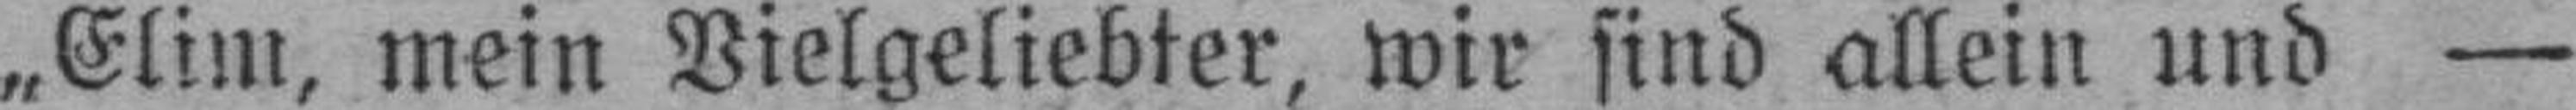
„Elim, mein Vielgeliebter, wir sind allein und —